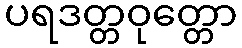
ပရဒတ္တဝုတ္တော